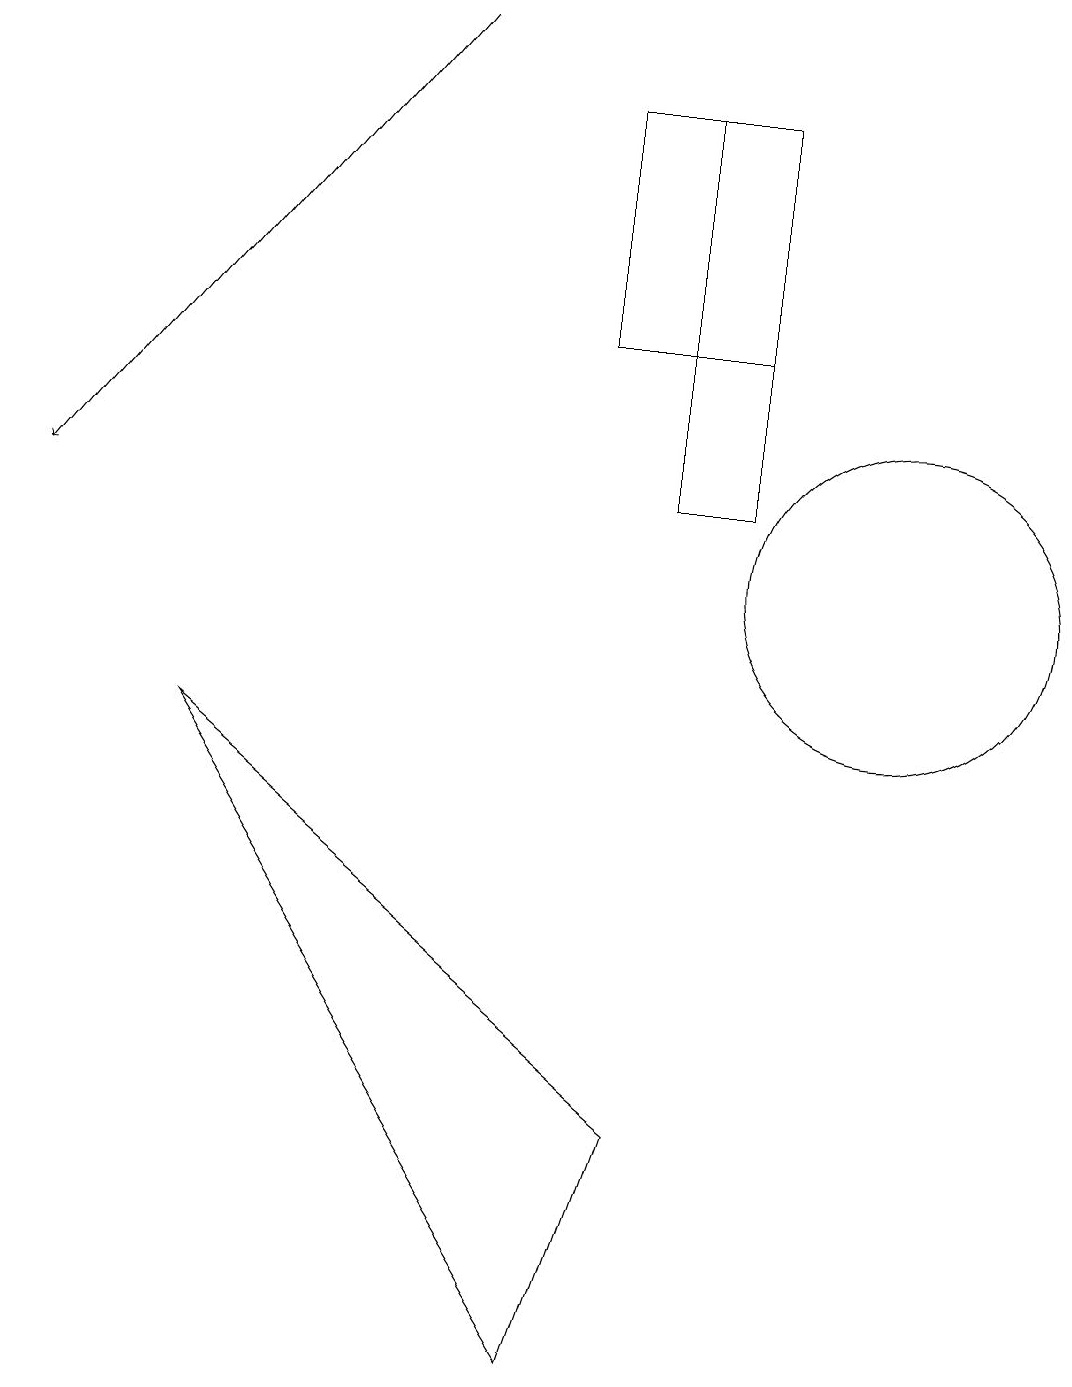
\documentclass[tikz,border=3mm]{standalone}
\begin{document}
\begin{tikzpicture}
\draw (7,13) rectangle (9,16);
\draw (8,11) rectangle (9,16);
\draw[->] (5,17) -- (0,11);
\draw (11,10) circle (2);
\draw (2,8) -- (8,3) -- (7,0) -- cycle;
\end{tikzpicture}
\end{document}